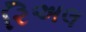
રિઅલ